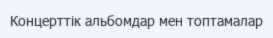
Концерттік альбомдар мен топтамалар